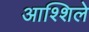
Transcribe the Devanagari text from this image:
आश्शिले